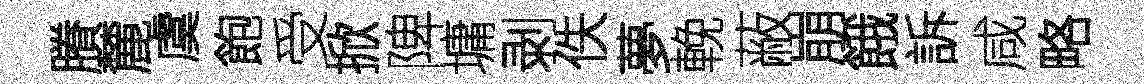
賸麓虞飽受掀陴墉剥佚夢輓蔽崩餓訴咸略